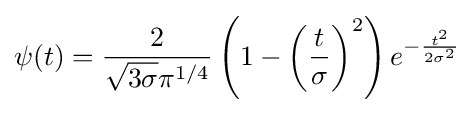
\psi (t)={\frac {2}{{\sqrt {3\sigma }}\pi ^{1/4}}}\left(1-\left({\frac {t}{\sigma }}\right)^{2}\right)e^{-{\frac {t^{2}}{2\sigma ^{2}}}}